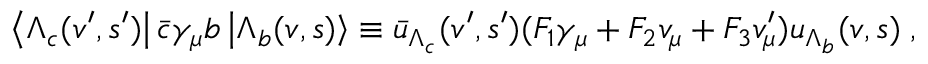
\left\langle \Lambda _ { c } ( v ^ { \prime } , s ^ { \prime } ) \right\vert \bar { c } \gamma _ { \mu } b \left\vert \Lambda _ { b } ( v , s ) \right\rangle \equiv \bar { u } _ { \Lambda _ { c } } ( v ^ { \prime } , s ^ { \prime } ) ( F _ { 1 } \gamma _ { \mu } + F _ { 2 } v _ { \mu } + F _ { 3 } v _ { \mu } ^ { \prime } ) u _ { \Lambda _ { b } } ( v , s ) \; ,